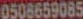
0508659085